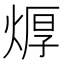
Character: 㷞